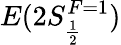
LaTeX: E(2S_{\frac{1}{2}}^{F=1})